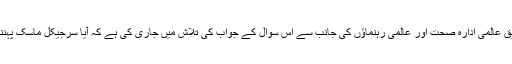
محققین نے یہ تحقیق عالمی ادارہ صحت اور عالمی رہنماؤں کی جانب سے اس سوال کے جواب کی تلاش میں جاری کی ہے کہ آیا سرجیکل ماسک پہننا مؤثر ہے یا نہیں۔